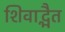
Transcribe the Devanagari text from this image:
शिवाद्भैत